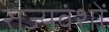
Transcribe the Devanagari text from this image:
राज्यवंशों